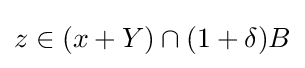
z\in (x+Y)\cap (1+\delta )B